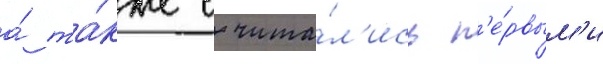
а́ та́кже счита́л'ись п'е́рвым'и